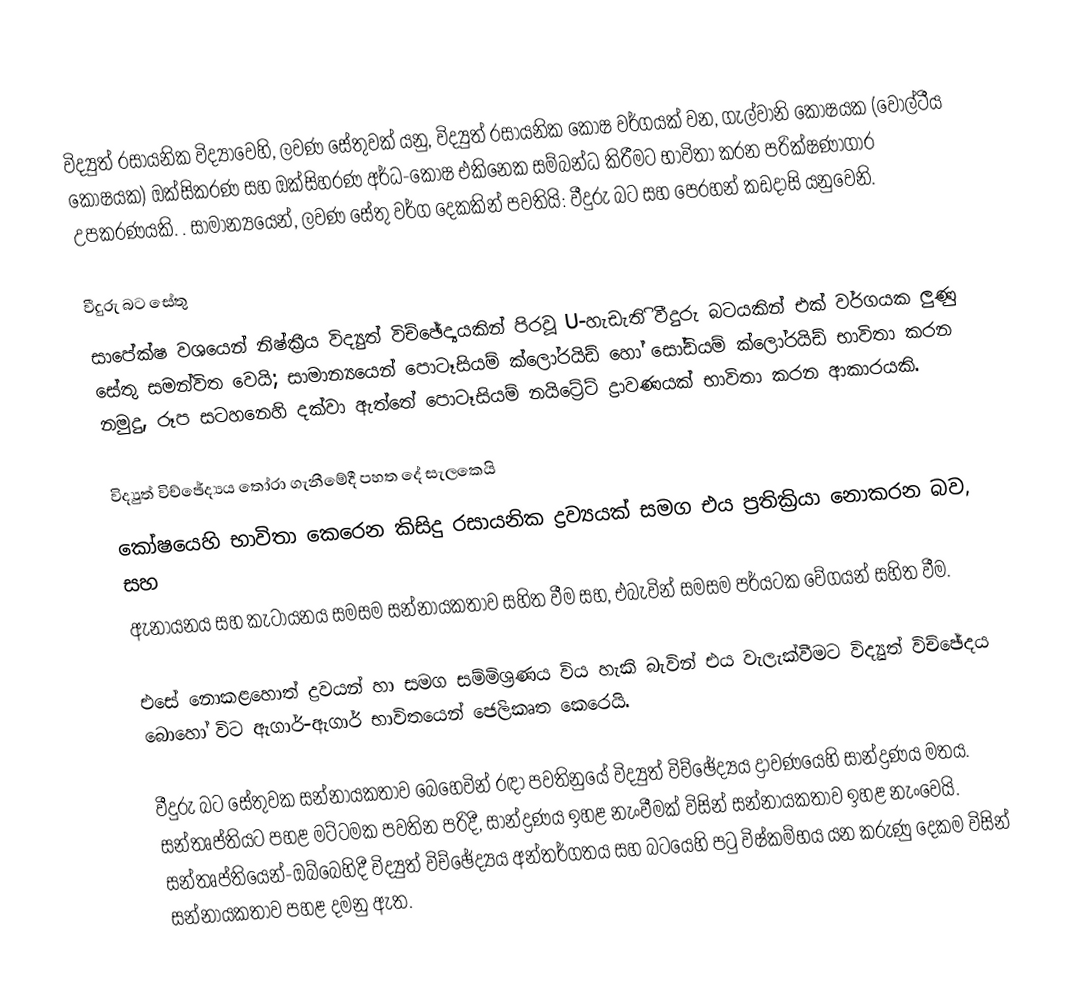
විද්‍යුත් රසායනික විද්‍යාවෙහි,  ලවණ සේතුවක් යනු, විද්‍යුත්  රසායනික  කෝෂ වර්ගයක් වන, ගැල්වානි කෝෂයක (වෝල්ටීය කෝෂයක)  ඔක්සිකරණ සහ ඔක්සිහරණ අර්ධ-කෝෂ එකිනෙක සම්බන්ධ කිරීමට භාවිතා කරන පරික්ෂණාගාර උපකරණයකි. . සාමාන්‍යයෙන්, ලවණ සේතු වර්ග දෙකකින් පවතියි: වීදුරු බට සහ පෙරහන් කඩදාසි යනුවෙනි.

වීදුරු බට සේතු
සාපේක්ෂ වශයෙන් නිෂ්ක්‍රීය     විද්‍යුත් විච්ඡේද්‍යයකින් පිරවූ U-හැඩැතිි වීදුරු බටයකින්  එක් වර්ගයක ලුණු සේතු සමන්විත වෙයි; සාමාන්‍යයෙන්  පොටෑසියම් ක්ලෝරයිඩ් හෝ  සෝඩියම් ක්ලෝරයිඩ් භාවිතා කරන නමුදු, රූප සටහනෙහි දක්වා ඇත්තේ  පොටෑසියම් නයිට්‍රේට් ද්‍රාවණයක් භාවිතා කරන ආකාරයකි.

විද්‍යුත් විච්ඡේද්‍යය තෝරා ගැනීමේදී පහත දේ සැලකෙයි
 කෝෂයෙහි භාවිතා කෙරෙන කිසිදු රසායනික ද්‍රව්‍යයක් සමග එය ප්‍රතික්‍රියා නොකරන බව, සහ
 ඇනායනය සහ කැටායනය සමසම සන්නායකතාව සහිත වීම සහ, එබැවින් සමසම පර්යටක වේගයන් සහිත වීම.

එසේ නොකළහොත් ද්‍රවයන් හා සමග සම්මිශ්‍රණය විය හැකි බැවින් එය වැලැක්වීමට විද්‍යුත් විච්ඡේදය බොහෝ විට ඇගාර්-ඇගාර් භාවිතයෙන් ජෙලිකෘත කෙරෙයි.

වීදුරු බට සේතුවක  සන්නායකතාව බෙහෙවින් රඳා පවතිනුයේ විද්‍යුත් විච්ඡේද්‍යය ද්‍රාවණයෙහි සාන්ද්‍රණය මතය. සන්තෘප්තියට පහළ මට්ටමක පවතින පරිදී, සාන්ද්‍රණය ඉහළ නැංවීමක් විසින් සන්නායකතාව ඉහළ නැංවෙයි. සන්තෘප්තියෙන්-ඔබ්බෙහිදී විද්‍යුත් විච්ඡේද්‍යය අන්තර්ගතය සහ බටයෙහි පටු විෂ්කම්භය යන කරුණු දෙකම විසින් සන්නායකතාව පහළ දමනු ඇත.